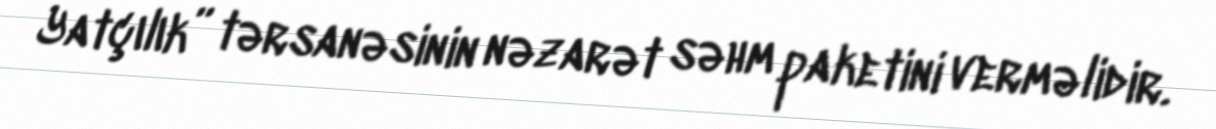
Yatçılık” tərsanəsinin nəzarət səhm paketini verməlidir.